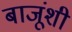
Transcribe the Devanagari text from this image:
बाजूंशी